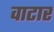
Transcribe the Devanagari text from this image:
वाटार